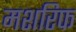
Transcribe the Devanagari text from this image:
मशरिफ